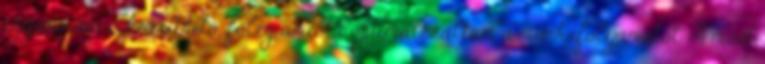
egyszerűen elkészíthető, főleg amióta optimalizáltam a munkafolyamatot. A most